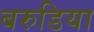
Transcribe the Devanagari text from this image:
बरुडिया